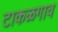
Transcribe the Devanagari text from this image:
टाकळगाव